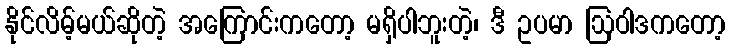
နိုင်လိမ့်မယ်ဆိုတဲ့ အကြောင်းကတော့ မရှိပါဘူးတဲ့၊ ဒီ ဥပမာ ဩဝါဒကတော့